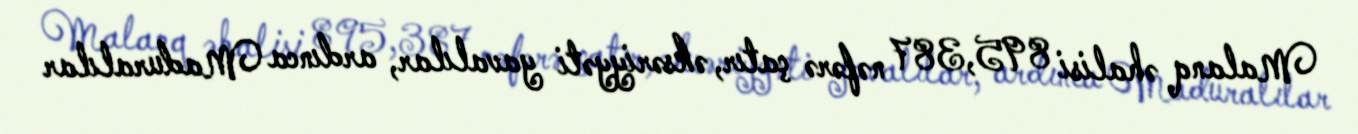
Malanq əhalisi 895,387 nəfərə çatır, əksəriyyəti yavalılar, ardınca Maduralılar